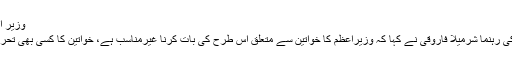
وزیر اعظم کا بیان غیر مناسب ہے، شرمیلا فاروقی
اے آر وائی نیوزسے گفتگو میں پیپلز پارٹی کی رہنما شرمیلا فاروقی نے کہا کہ وزیراعظم کا خواتین سے متعلق اس طرح کی بات کرنا غیرمناسب ہے، خواتین کا کسی بھی تحریک کو کامیاب بنانے میں اہم کردار ہوتا ہے۔